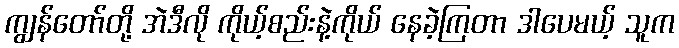
ကျွန်တော်တို့ အဲဒီလို ကိုယ့်စည်းနဲ့ကိုယ် နေခဲ့ကြတာ ဒါပေမယ့် သူက